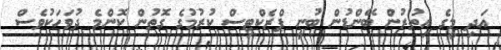
އަދި މީގެ އިތުރުން ބޭންޑުން ބުނީ ޕްރެކްޓިސް ކުރުމުގެ ގޮތުން ކޮންމެ ދުވަހަކުވެސް